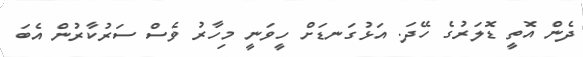
ދެން އޮތީ ޑޮލަރުގެ ހޭދަ. އަޅުގަނޑަށް ހީވަނީ މިހާރު ވެސް ސަރުކާރުން އެބަ